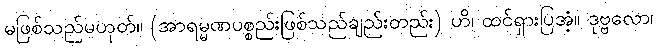
မဖြစ်သည်မဟုတ်။ (အာရမ္မဏပစ္စည်းဖြစ်သည်ချည်းတည်း) ဟိ၊ ထင်ရှားပြအံ့။ ဒုဗ္ဗလော၊